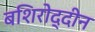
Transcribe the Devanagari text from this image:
बशिरोद्दीन